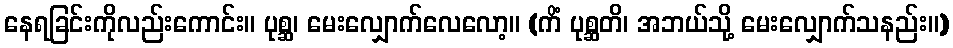
နေရခြင်းကိုလည်းကောင်း။ ပုစ္ဆ၊ မေးလျှောက်လေလော့။ (ကိံ ပုစ္ဆတိ၊ အဘယ်သို့ မေးလျှောက်သနည်း။)